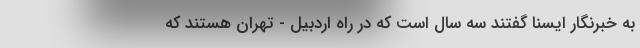
به خبرنگار ایسنا گفتند سه سال است که در راه اردبیل - تهران هستند که